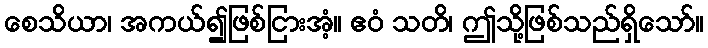
စေသိယာ၊ အကယ်၍ဖြစ်ငြားအံ့။ ဧဝံ သတိ၊ ဤသို့ဖြစ်သည်ရှိသော်။